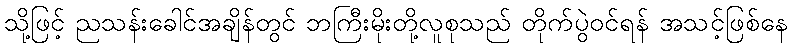
သို့ဖြင့် ညသန်းခေါင်အချိန်တွင် ဘကြီးမိုးတို့လူစုသည် တိုက်ပွဲဝင်ရန် အသင့်ဖြစ်နေ